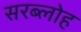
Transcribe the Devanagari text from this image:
सरब्लोह